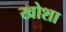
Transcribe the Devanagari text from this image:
खोशा